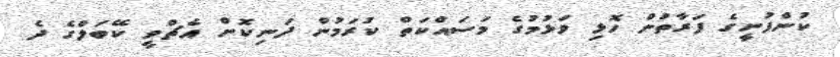
ކުންފުނީގެ ފަރާތުން ހޮޅި ވަޅުމުގެ މަސައްކަތް ކުރަމުން ދަނިކޮށް އެޗްވީ ކޭބަލްގެ ދެ